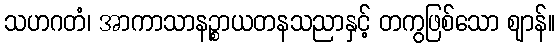
သဟဂတံ၊ အာကာသာနဉ္စာယတနသညာနှင့် တကွဖြစ်သော ဈာန်။